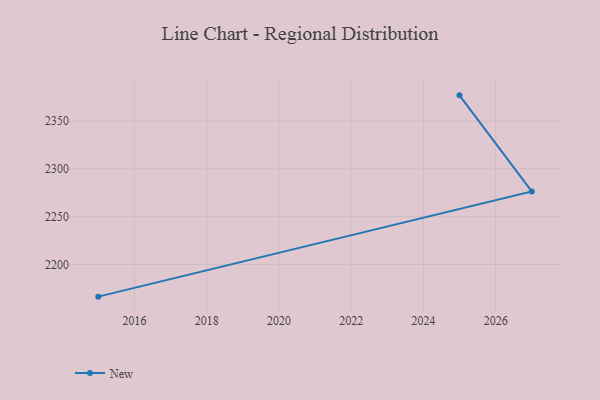
{"axis": {"x": "Year", "y": "Shipments"}, "legend": ["New"], "data": [{"x": "2015", "y": 2166.3, "type": "New"}, {"x": "2027", "y": 2276.3, "type": "New"}, {"x": "2025", "y": 2376.9, "type": "New"}]}